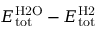
E _ { \mathrm { t o t } } ^ { \mathrm { H 2 O } } - E _ { \mathrm { t o t } } ^ { \mathrm { H 2 } }